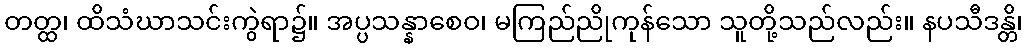
တတ္ထ၊ ထိသံဃာသင်းကွဲရာ၌။ အပ္ပသန္နာစေဝ၊ မကြည်ညိုကုန်သော သူတို့သည်လည်း။ နပသီဒန္တိ၊